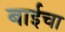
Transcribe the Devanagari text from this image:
बाईचा